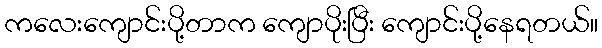
ကလေးကျောင်းပို့တာက ကျောပိုးပြီး ကျောင်းပို့နေရတယ်။